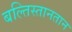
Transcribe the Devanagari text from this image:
बल्तिस्तानतान